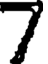
7